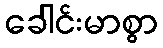
ခေါင်းမာစွာ